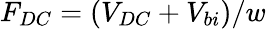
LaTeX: F_{DC}=(V_{DC}+V_{bi})/w